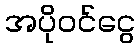
အပိုဝင်ငွေ